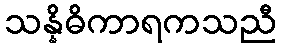
သန္နိဓိကာရကသညီ